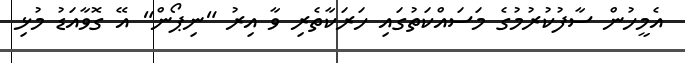
އެމީހުން ސާފުކުރުމުގެ މަސައްކަތުގައި ހަރަކާތެރި ވާ އިރު "ނިޕޯން" އޭ ގޮވާއަޑު މުޅި